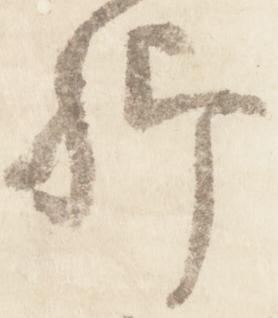
卿